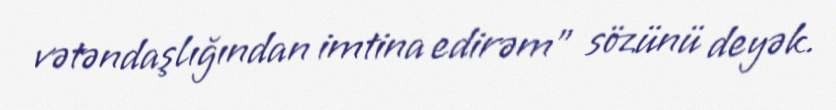
vətəndaşlığından imtina edirəm” sözünü deyək.